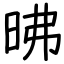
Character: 昲